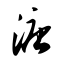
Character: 溏